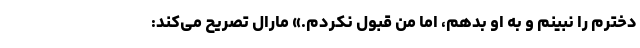
دخترم را نبینم و به او بدهم، اما من قبول نکردم.» مارال تصریح می‌کند: